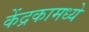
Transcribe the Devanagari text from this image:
केंद्रकामध्ये